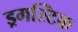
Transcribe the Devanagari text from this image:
ड्रमस्टिक